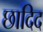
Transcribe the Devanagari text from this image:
छादिद